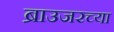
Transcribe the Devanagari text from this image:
ब्राउजरच्या